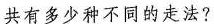
共有多少种不同的走法?